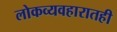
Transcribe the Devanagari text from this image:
लोकव्यवहारातही